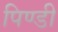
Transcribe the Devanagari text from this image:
पिण्डी